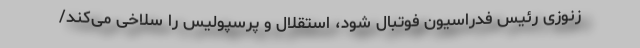
زنوزی رئیس فدراسیون فوتبال شود، استقلال و پرسپولیس را سلاخی می‌کند/